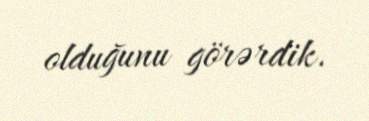
olduğunu görərdik.